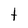
Character: t